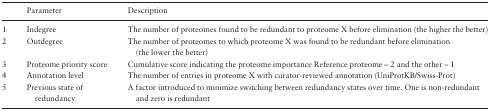
<table><thead><tr><td></td><td><b>Parameter</b></td><td><b>Description</b></td></tr></thead><tbody><tr><td>1</td><td>Indegree</td><td>The number of proteomes found to be redundant to proteome X before elimination (the higher the better)</td></tr><tr><td>2</td><td>Outdegree</td><td>The number of proteomes to which proteome X was found to be redundant before elimination (the lower the better)</td></tr><tr><td>3</td><td>Proteome priority score</td><td>Cumulative score indicating the proteome importance Reference proteome – 2 and the other – 1</td></tr><tr><td>4</td><td>Annotation level</td><td>The number of entries in proteome X with curator-reviewed annotation (UniProtKB/Swiss-Prot)</td></tr><tr><td>5</td><td>Previous state of redundancy</td><td>A factor introduced to minimize switching between redundancy states over time. One is non-redundant and zero is redundant</td></tr></tbody></table>